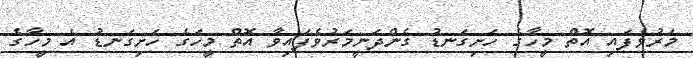
މަރުވެފައި އޮތް މީހާގެ ހަށިގަނޑު ގެންދަނީމަރުވެފައިވާ އޮތް މީހަގެ ހަށިގަނޑު އެ މީހާގެ